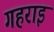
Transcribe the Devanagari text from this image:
गहराइ